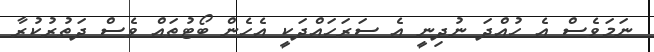
ނަމަވެސް އެ ހުއްދަ ނުދިނީ އެ ސަރަހައްދަކީ އެހެން ބޯޓުތައް ވެސް ދަތުރުކުރާ